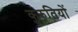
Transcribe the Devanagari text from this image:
कुरुतियों